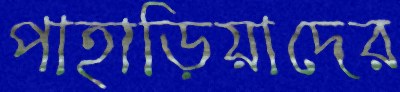
পাহাড়িয়াদের